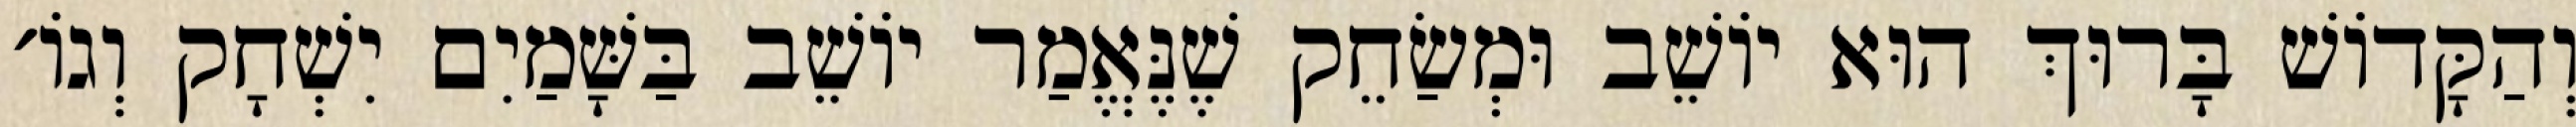
וְהַקָּדוֹשׁ בָּרוּךְ הוּא יוֹשֵׁב וּמְשַׂחֵק שֶׁנֶּאֱמַר יוֹשֵׁב בַּשָּׁמַיִם יִשְׁחָק וְגוֹ׳